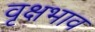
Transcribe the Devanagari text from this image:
वृक्षभाव